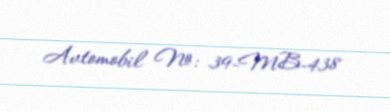
Avtomobil №: 39-MB-438